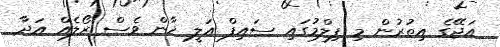
އަޖޭގެ އިތުރުން މި ފިލްމުގައި ސައިފް އަލީ ޚާން ވެސް ރޯލެއް އަދާ